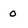
Character: o